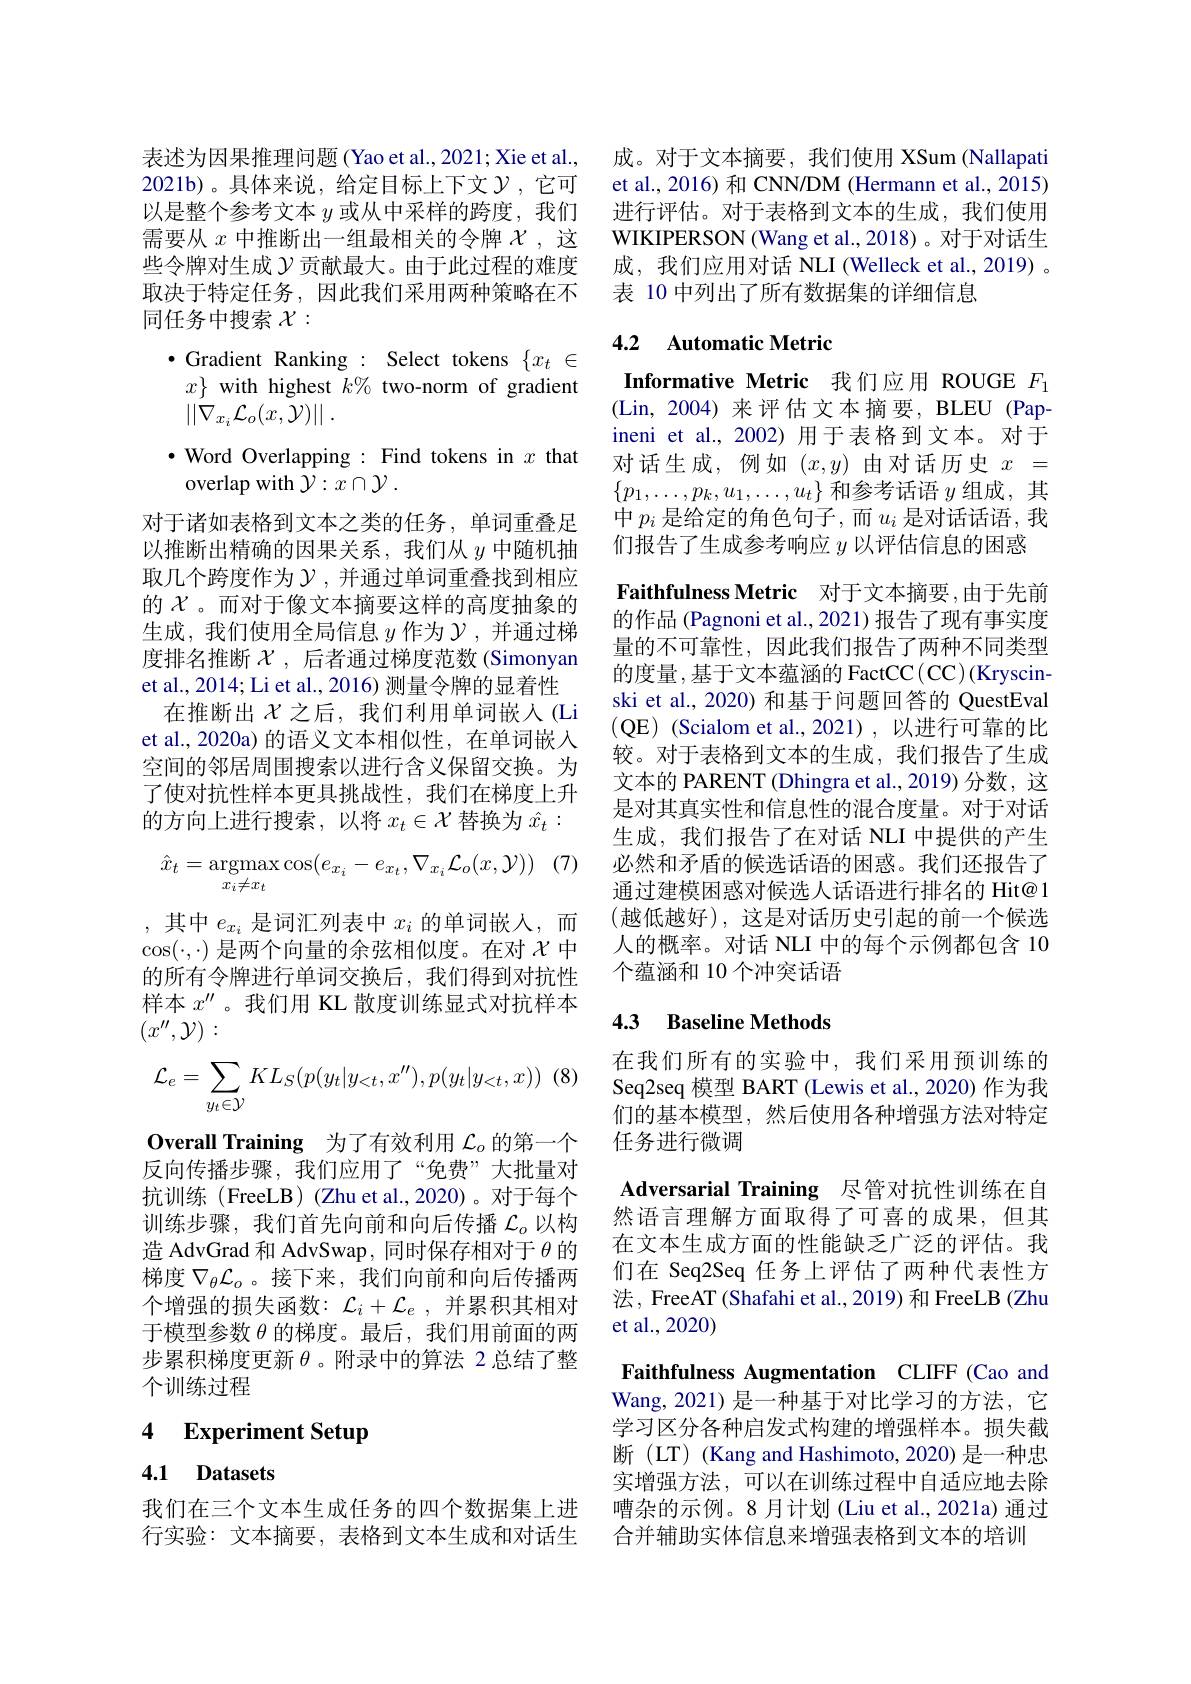
需要从$x$中推断出一组最相关的令牌$\mathcal{X}$,这些令牌对生成$\mathcal{Y}$贡献最大。由于此过程的难度取决于特定任务，因此我们采用两种策略在不同任务中搜索$\mathcal{X}:$

$\bullet$ Gradient Ranking : Select tokens $\{x_t\in$ $x\}$ with highest $k\%$ two-norm of gradient $| | {\check{\nabla } }_{x_i}{\mathcal{L} }_{o}( x, {\bar{\mathcal{Y} } }) | |$ .
$\cdot$ Word Overlapping : Find tokens in $x$ that
overlap with $\mathcal{Y} : x\cap \mathcal{Y}$ .
对于诸如表格到文本之类的任务，单词重叠足以推断出精确的因果关系，我们从$y$ 中随机抽取几个跨度作为$\mathcal{Y}$,并通过单词重叠找到相应的$\chi$ 。而对于像文本摘要这样的高度抽象的生成，我们使用全局信息$y$ 作为$\mathcal{Y}$,并通过梯度排名推断$\chi$,后者通过梯度范数(Simonyan et al., 2014; Li et al., 2016) 测量令牌的显着性
在推断出$\chi$之后，我们利用单词嵌人(Li et al., 2020a) 的语义文本相似性，在单词嵌入空间的邻居周围搜索以进行含义保留交换。为了使对抗性样本更具挑战性，我们在梯度上升的方向上进行搜索，以将$x_t\in\mathcal{X}$替换为$\hat{x}_t:$
$$\hat{x}_t=\underset{x_i\neq x_t}{\text{argmax}}\cos(e_{x_i}-e_{x_t},\nabla_{x_i}\mathcal{L}_o(x,\mathcal{Y}))$$
,其中$e_x_i$是词汇列表中$x_i$的单词嵌入，而$\cos(\cdot,\cdot)$是两个向量的余弦相似度。在对$\chi$中的所有令牌进行单词交换后，我们得到对抗性

样本$x^{\prime\prime}$。我们用 KL 散度训练显式对抗样本
$(x^{\prime\prime},\mathcal{Y}):$
$$\mathcal{L}_e=\sum_{y_t\in\mathcal{Y}}KL_S(p(y_t|y_{<t},x''),p(y_t|y_{<t},x))$$
Overall Training 为了有效利用$\mathcal{L}_o$的第一个

反向传播步骤，我们应用了“免费”大批量对

抗训练 (FreeLB) (Zhu et al.,2020)。对于每个

训练步骤，我们首先向前和向后传播$\mathcal{L}_o$以构

造 AdvGrad 和 AdvSwap, 同时保存相对于$\theta$的

梯度$\nabla_\theta\mathcal{L}_o$ 。接下来，我们向前和向后传播两

个增强的损失函数：$\mathcal{L}_i+\mathcal{L}_e$,并累积其相对

于模型参数$\theta$的梯度。最后，我们用前面的两

步累积梯度更新$\theta$。附录中的算法 2 总结了整

个训练过程

# 4 Experiment Setup

## 4.1 Datasets

表述为因果推理问题 (Yao et al., 2021; Xie et al., 成。对于文本摘要，我们使用 XSum (Nallapati 2021b)。具体来说，给定目标上下文$\mathcal{V}$,它可 et al.,2016)和 CNN/DM (Hermann et al.,2015) 以是整个参考文本$y$或从中采样的跨度，我们 进行评估。对于表格到文本的生成，我们使用
WIKIPERSON (Wang et al., 2018)。对于对话生成，我们应用对话 NLI (Welleck et al.,2019) 。表 10 中列出了所有数据集的详细信息

## 4.2 Automatic Metric

Informative Metric 我们应用 ROUGE $F_{1}$ (Lin,2004)来评估文本摘要，BLEU (Papineni et al.,2002)用于表格到文本。对于对话生成，例如$(x,y)$由对话历史$x=$ $\{p_1,\ldots,p_k,u_1,\ldots,u_t\}$和参考话语$y$组成，其中$p_i$是给定的角色句子，而$u_i$是对话话语，我们报告了生成参考响应$y$以评估信息的困惑
Faithfulness Metric 对于文本摘要 ,由于先前的作品 (Pagnoni et al., 2021) 报告了现有事实度量的不可靠性，因此我们报告了两种不同类型的度量 ,基于文本蕴涵的 FactCC (CC) (Kryscinski et al., 2020) 和基于问题回答的 QuestEval (QE) (Scialom et al.,2021),以进行可靠的比较。对于表格到文本的生成，我们报告了生成文本的 PARENT (Dhingra et al., 2019) 分数，这是对其真实性和信息性的混合度量。对于对话生成，我们报告了在对话 NLI 中提供的产生必然和矛盾的候选话语的困惑。我们还报告了通过建模困惑对候选人话语进行排名的 Hit@1 (越低越好),这是对话历史引起的前一个候选人的概率。对话 NLI 中的每个示例都包含 10个蕴涵和 10 个冲突话语

### 4.3 Baseline Methods

在我们所有的实验中，我们采用预训练的Seq2seq 模型 BART (Lewis et al., 2020) 作为我们的基本模型，然后使用各种增强方法对特定任务进行微调
Adversarial Training 尽管对抗性训练在自然语言理解方面取得了可喜的成果，但其在文本生成方面的性能缺乏广泛的评估。我们在 Seq2Seq 任务上评估了两种代表性方法，FreeAT(Shafahi et al., 2019) 和 FreeLB (Zhu et al.,2020)
Faithfulness Augmentation CLIFF (Cao and Wang,2021)是一种基于对比学习的方法，它学习区分各种启发式构建的增强样本。损失截断(LT)(Kang and Hashimoto, 2020) 是一种忠实增强方法，可以在训练过程中自适应地去除
我们在三个文本生成任务的四个数据集上进 嘈杂的示例。8月计划(Liu et al.,2021a)通过
行实验：文本摘要，表格到文本生成和对话生 合并辅助实体信息来增强表格到文本的培训